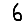
Digit: 6